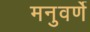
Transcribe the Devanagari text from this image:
मनुवर्णे